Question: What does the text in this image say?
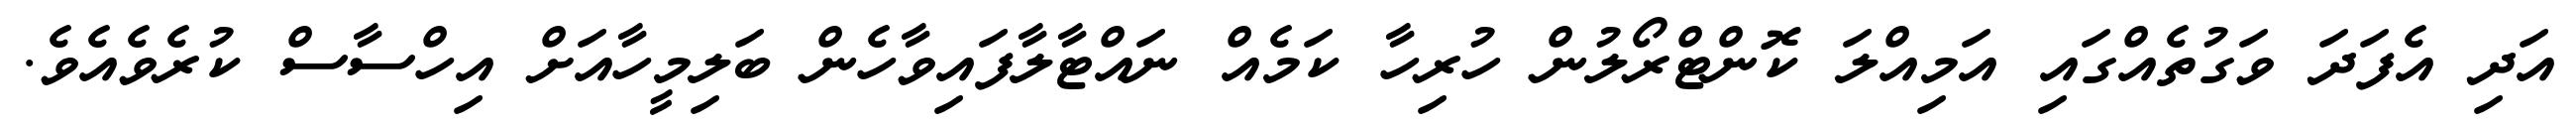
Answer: އަދި އެފަދަ ވަގުތެއްގައި އަމިއްލަ ކޮންޓްރޯލުން ހުރިހާ ކަމެއް ނައްޓާލާފައިވާހެން ބަލިމީހާއަށް އިހްސާސް ކުރެވެއެވެ.